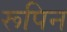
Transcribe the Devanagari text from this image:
रूपिन